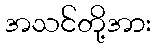
အသင်တို့အား